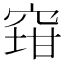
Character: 𱷄